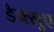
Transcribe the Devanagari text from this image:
डेक्सुए